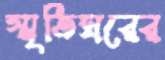
স্মৃতিঘরের